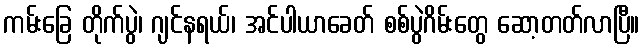
ကမ်းခြေ တိုက်ပွဲ၊ ဂျင်နရယ်၊ အင်ပါယာခေတ် စစ်ပွဲဂိမ်းတွေ ဆော့တတ်လာပြီ။